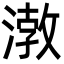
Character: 㴾